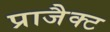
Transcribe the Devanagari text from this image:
प्राजैक्ट